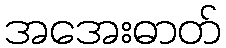
အအေးဓာတ်